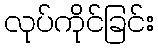
လုပ်ကိုင်ခြင်း